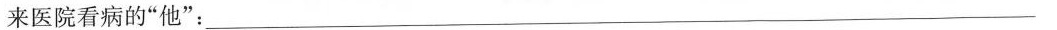
来医院看病的”他”：___